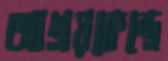
আশ্রয়কেন্দ্রে